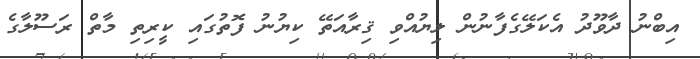
އިބްނު ދާވޫދު އެކަލޭގެފާނުން ލިޔުއްވި ޤިރާއަތޭ ކިޔުނު ފޮތުގައި ކީރިތި މާތް ރަސޫލާގެ